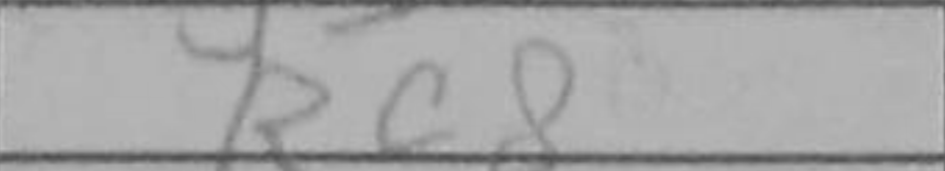
Transcription: Rc8